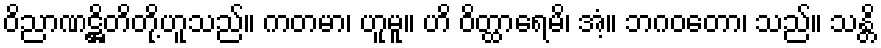
ဝိညာဏဋ္ဌိတိတို့ဟူသည်။ ကတမာ၊ ဟူမူ။ ဟိ ဝိတ္ထာရေမိ၊ အံ့။ ဘဂဝတော၊ သည်။ သန္တိ